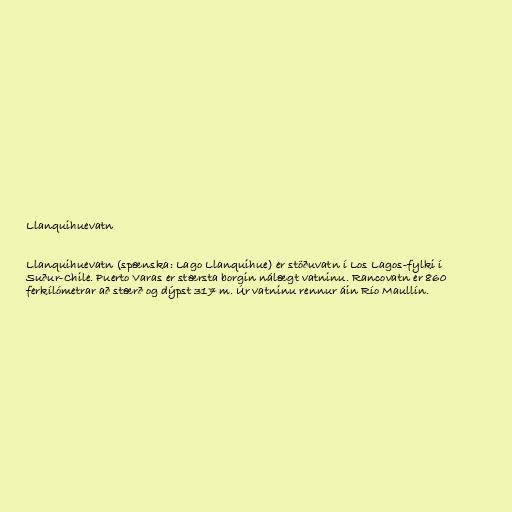
Llanquihuevatn

Llanquihuevatn (spænska: Lago Llanquihue) er stöðuvatn í Los Lagos-fylki í
Suður-Chile. Puerto Varas er stærsta borgin nálægt vatninu. Rancovatn er 860
ferkílómetrar að stærð og dýpst 317 m. Úr vatninu rennur áin Río Maullín.